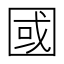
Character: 國